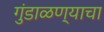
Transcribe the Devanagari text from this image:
गुंडाळण्याचा